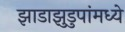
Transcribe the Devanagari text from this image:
झाडाझुडुपांमध्ये